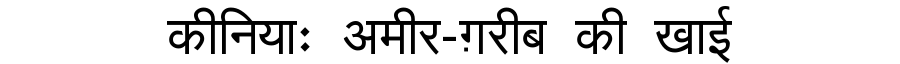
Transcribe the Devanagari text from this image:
कीनियाः अमीर-ग़रीब की खाई